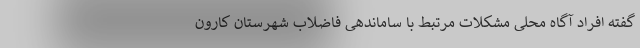
گفته افراد آگاه محلی مشکلات مرتبط با ساماندهی فاضلاب شهرستان کارون